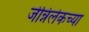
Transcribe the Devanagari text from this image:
जेन्निलेकच्या